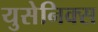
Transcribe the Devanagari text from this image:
युसेनिक्स